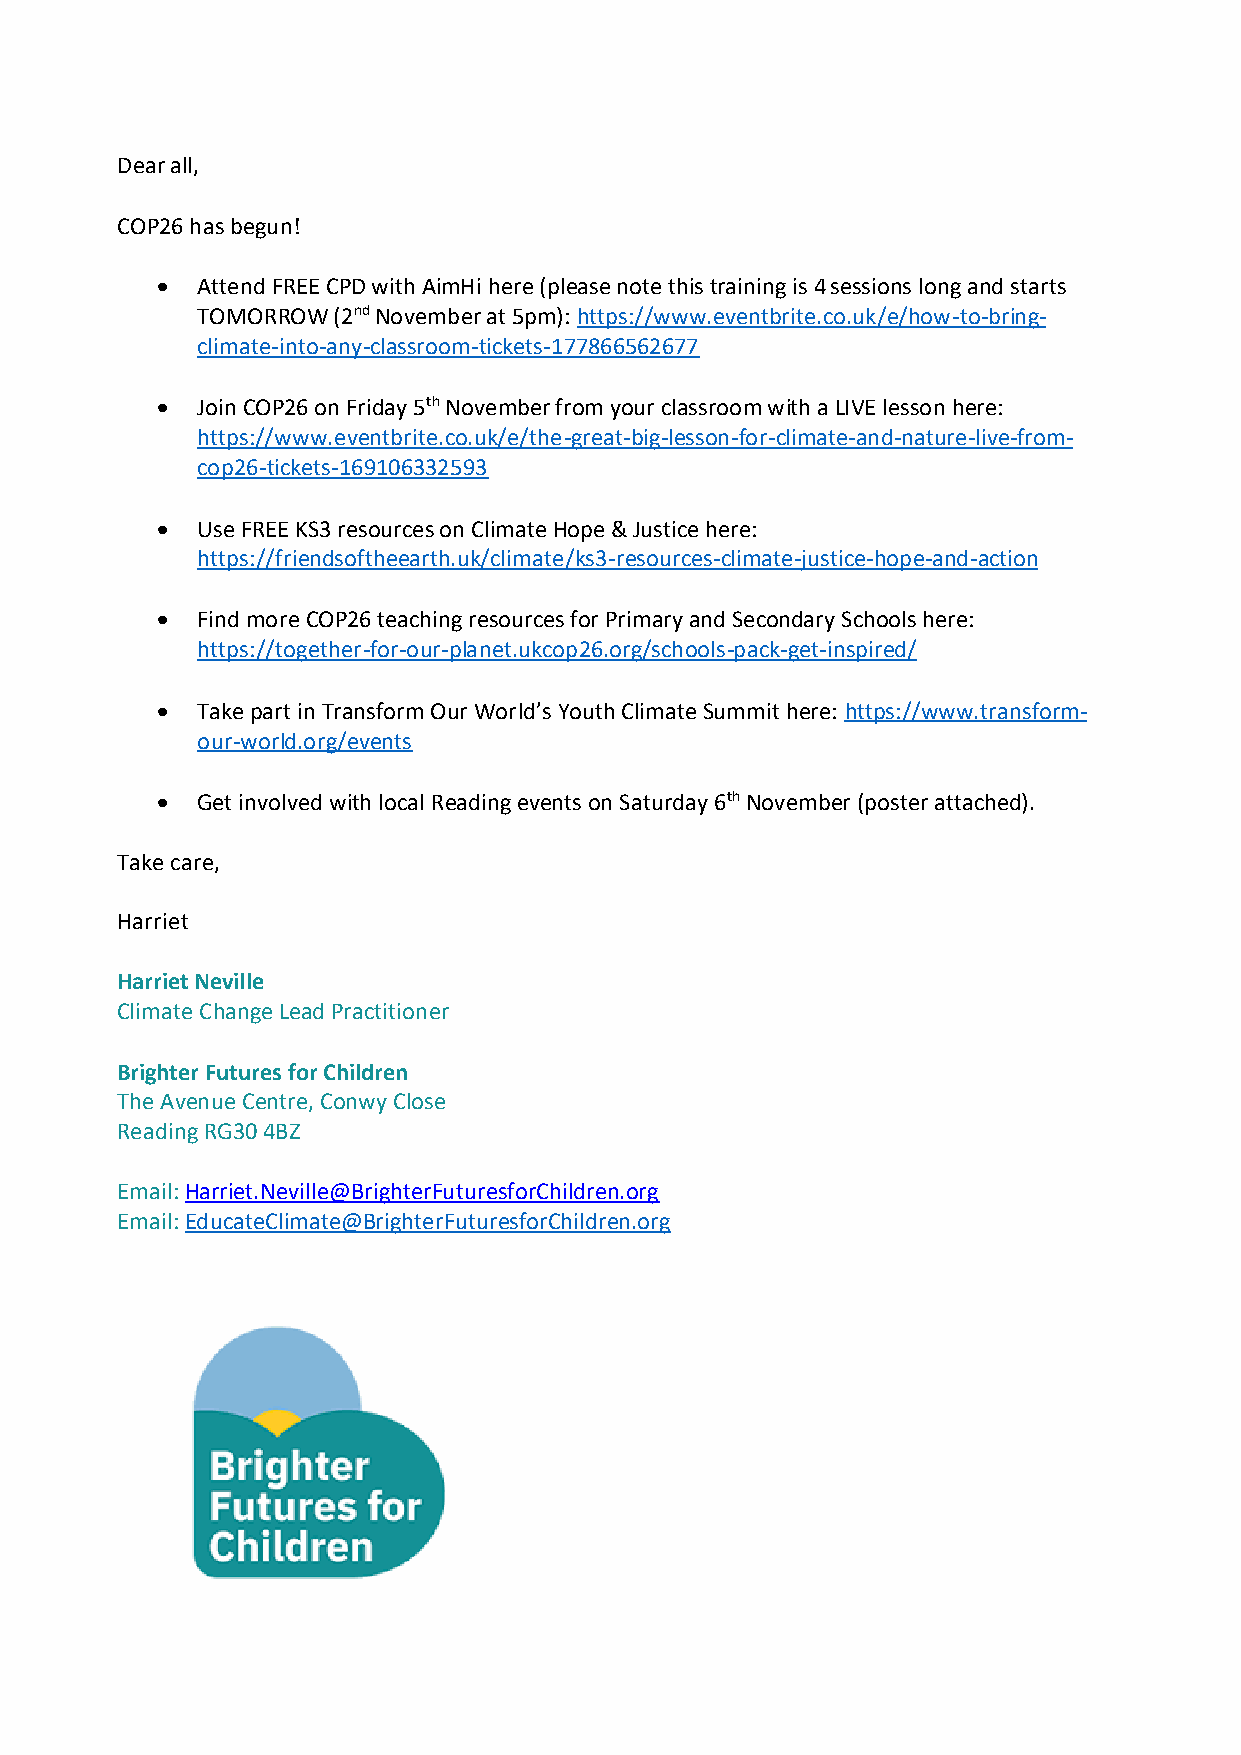
Dea r all,
 COP26 has begun!
 •  Attend FREE CPD with AimHi here (please note this training is 4 sessions long and starts
 TOMORROW (2nd November at 5pm): https://www.eventbrite.co.uk/e/how-to-bring-
 climate-into-any-classroom-tickets-177866562677
 •  Join COP26 on Friday 5th November from your classroom with a LIVE lesson here:
 https://www.eventbrite.co.uk/e/the-great-big-lesson-for-climate-and-nature-live-from-
 cop26-tickets-169106332593
 •  Use FREE KS3 resources on Climate Hope & Justice here:
 https://friendsoftheearth.uk/climate/ks3-resources-climate-justice-hope-and-action
 •  Find more COP26 teaching resources for Primary and Secondary Schools here:
 https://together-for-our-planet.ukcop26.org/schools-pack-get-inspired/
 •  Take part in Transform Our World’s Youth Climate Summit here: https://www.transform-
 our-world.org/events
 •  Get involved with local Reading events on Saturday 6th November (poster attached).
 Take care,
 Harriet
 Harriet Neville
 Climate Change Lead Practitioner
 Brighter Futures for Children
 The Avenue Centre, Conwy Close
 Reading RG30 4BZ
 Email: Harriet.Neville@BrighterFuturesforChildren.org
 Email: EducateClimate@BrighterFuturesforChildren.org